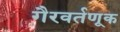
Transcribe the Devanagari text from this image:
गैरवर्तणूक